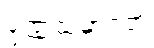
ပုဏ္ဏသမာဂတံ